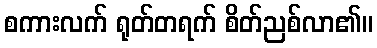
စကားလက် ရုတ်တရက် စိတ်ညစ်လာ၏။